Vaccination United Provinces of Agra and Oudh 1902-1913 - 1902-1913
Year: 1902
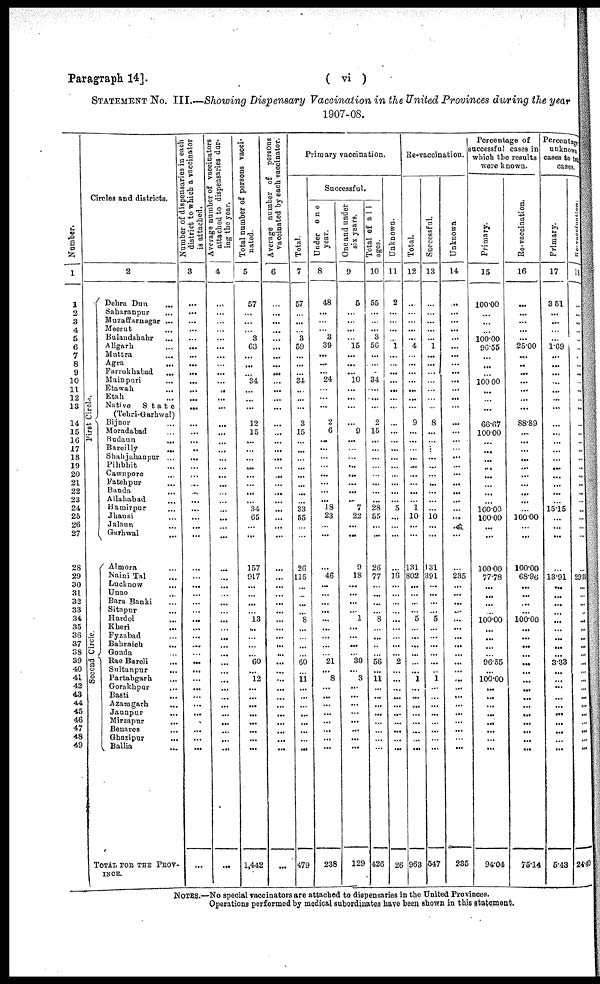
Paragraph 14].
( vi )
STATEMENT No. III.—Showing Dispensary Vaccination in the United Provinces during the year
1907-08.
Number.
1
1
2
3
4
5
6
7
8
9
10
11
12
13
14
15
16
17
18
19
20
21
22
23
24
25
26
27
28
29
30
31
32
33
34
35
36
37
38
39
40
41
42
43
44
45
46
47
48
49
Circles and districts.
2
First Circle.
Second Circle.
Dehra Dun ...
Saharanpur ...
Muzaffarnagar ...
Meerut ...
Bulandshahr ...
Aligarh ...
Muttra ...
Agra
...
Farrukhabad ...
Mainpuri
...
Etawah
...
Etah ...
Native
State
(Tehri-Garhwal)
Bijnor ...
Moradabad ...
Budaun
...
Bareilly
...
Shahjahanpur ...
Pihbhit ...
Cawnpore ...
Fatehpur ...
Banda ...
Allahabad ...
Hamirpur ...
Jhansi ...
Jalaun ...
Garhwal ...
Almora ...
Naini Tal ...
Lucknow
...
Unao ...
Bara Banki ...
Sitapur
...
Hardoi
...
Kheri ...
Fyzabad ...
Bahraich
...
Gonda ...
Rae Bareli ...
Sultanpur
...
Partabgarh ...
Gorakhpur ...
Basti ...
Azamgarh
...
Jaunpur ...
Mirzapur
...
Benares ...
Ghazipur
...
Ballia ...
TOTAL FOR THE PROV¬
INCE.
Number of dispensaries in each
district to which a vaccinator
is attached.
3
...
...
...
...
...
...
...
...
...
...
...
...
...
...
...
...
...
...
...
...
...
...
... ...
...
... ...
...
...
...
...
...
...
...
... ...
...
... ...
...
...
...
... ...
...
... ...
...
...
...
Average number of vaccinators
attached to dispensaries dur-
ing the year.
4
...
...
...
...
...
...
...
...
...
...
...
...
...
...
...
...
...
...
...
...
...
...
...
...
...
... ...
...
...
... ...
...
... ...
...
...
...
...
...
...
... ...
...
... ...
...
...
...
...
...
Total number of persons vacci-
nated.
5
57
...
...
...
3
63
...
...
...
34
...
...
...
12
15
...
...
...
...
...
...
...
...
34
65
... ...
157
917
...
...
... ...
13
... ...
...
... 60
...
12
...
... ...
...
...
...
...
...
1,442
Average number of persons
vaccinated by each vaccinator.
6
...
...
...
...
...
...
...
...
...
...
...
...
...
...
...
...
...
...
...
...
...
...
...
... ...
... ...
...
...
...
...
... ...
... ...
...
...
...
...
...
...
...
...
...
...
...
...
...
...
...
Primary vaccination.
Total.
7
57
...
...
...
3
59
...
...
...
34
...
...
...
3
15
...
...
...
...
...
...
...
...
33
55
...
...
26
115
... ...
...
... 8
...
...
...
... 60
...
11
...
...
...
...
...
...
...
...
479
Successful.
Under one
year.
8
48
...
...
...
3
39
...
...
...
24
...
...
...
2
6
...
...
...
...
...
...
...
...
18
23
... ...
...
46
...
...
... ...
...
...
...
...
... 21
...
8
... ...
...
...
...
...
...
...
238
One and under
six years.
9
5
...
...
...
...
15
...
...
...
10
...
...
...
... 9
...
...
...
...
...
...
...
...
7
22
...
...
9
18
...
...
...
...
1
...
...
...
... 30
...
3
...
...
...
... ...
...
...
...
129
Total of all
ages.
10
55
...
...
...
3
56
...
...
...
34
...
...
...
2
15
...
...
...
...
...
...
...
...
28
55
...
...
26
77
... ...
... ...
8
...
...
...
... 56
...
11
...
...
...
...
...
... ...
...
426
Unknown.
11
2
...
...
...
...
1
...
...
...
...
...
...
...
...
...
...
...
...
...
...
...
...
...
5
...
... ...
...
16 ...
...
... ...
...
...
... ...
... 2
...
...
...
...
...
... ...
... ...
...
26
Re-vaccination.
Total.
12
...
...
...
...
...
4
...
...
...
...
...
...
...
9
...
...
...
...
...
...
...
...
...
1
10
...
...
131
802
...
...
...
... 5
...
...
...
...
... ...
1
...
...
... ...
...
... ...
...
963
Successful.
13
...
...
...
...
...
1
...
...
...
...
...
...
...
8
...
...
...
...
...
...
...
...
...
...
10
...
...
131
391
...
... ...
...
5
... ...
...
...
...
...
1
...
...
...
...
...
... ...
...
547
Unknown
14
...
...
...
...
...
...
...
...
...
...
...
...
...
...
...
...
...
...
...
...
...
...
...
...
...
...
...
...
235
...
...
...
...
...
...
...
...
...
...
...
...
...
...
...
...
...
...
...
...
235
Percentage of
successful cases in
which the results
were known.
Primary.
15
100.00
...
...
...
100.00
96.55
...
...
...
100.00
...
...
...
66.67
100.00
...
...
...
...
...
...
...
...
100.00
100.00
... ...
100.00
77.78
... ...
...
... 100.00
...
...
...
... 96.55
...
100.00
...
...
...
...
...
... ...
...
94.04
Re-vaccination.
16
...
...
...
...
...
25.00
...
...
...
...
...
...
...
88.89
...
...
...
...
...
...
...
...
...
...
100.00
... ...
100.00
68.96
...
...
... ...
100.00
...
...
...
...
...
...
... ...
...
...
...
...
...
...
...
75.14
Percentage
unknown
cases to tot
cases.
Primary.
17
3. 51
...
...
...
...
1.69
...
...
...
...
...
...
...
...
...
...
...
...
...
...
...
...
... 15.15
...
... ...
...
13.91
...
... ...
...
...
...
...
...
... 3.33
... ...
...
... ...
...
...
...
...
...
5.43
Re-vaccination.
18
...
...
...
...
...
...
...
...
...
...
...
...
...
...
...
...
...
...
...
...
...
...
...
...
...
... ...
...
29.30
... ...
... ...
...
...
... ...
... ...
...
...
...
...
...
...
...
...
...
...
24.4
NOTES.—No special vaccinators are attached to dispensaries in the United Provinces.
Operations performed by medical subordinates have been shown in this statement.